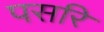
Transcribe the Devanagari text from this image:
पसरि